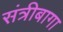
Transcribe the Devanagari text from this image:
संत्रीबागा